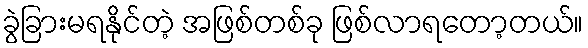
ခွဲခြားမရနိုင်တဲ့ အဖြစ်တစ်ခု ဖြစ်လာရတော့တယ်။